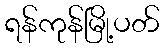
ရန်ကုန်မြို့ပတ်